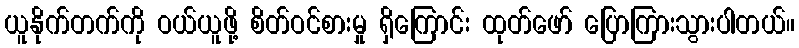
ယူနိုက်တက်ကို ဝယ်ယူဖို့ စိတ်ဝင်စားမှု ရှိကြောင်း ထုတ်ဖော် ပြောကြားသွားပါတယ်။